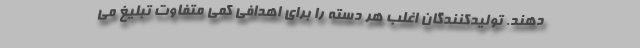
دهند. تولیدکنندگان اغلب هر دسته را برای اهدافی کمی متفاوت تبلیغ می